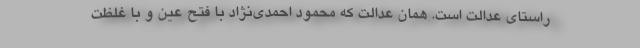
راستای عدالت است. همان عدالت که محمود احمدی‌نژاد با فتح عین و با غلظت